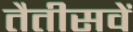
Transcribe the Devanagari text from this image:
तैतीसवें